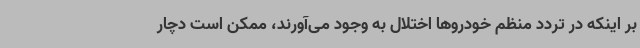
بر اینکه در تردد منظم خودروها اختلال به وجود می‌آورند، ممکن است دچار